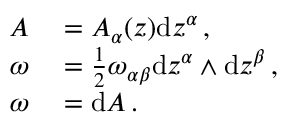
\begin{array} { r l } { A } & { { } = A _ { \alpha } ( z ) \mathrm { d } z ^ { \alpha } \, , } \\ { \omega } & { { } = \frac { 1 } { 2 } \omega _ { \alpha \beta } \mathrm { d } z ^ { \alpha } \wedge \mathrm { d } z ^ { \beta } \, , } \\ { \omega } & { { } = \mathrm { d } A \, . } \end{array}